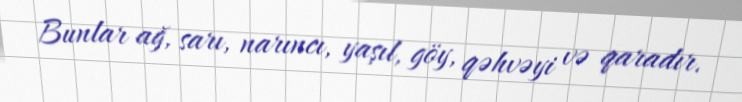
Bunlar ağ, sarı, narıncı, yaşıl, göy, qəhvəyi və qaradır.